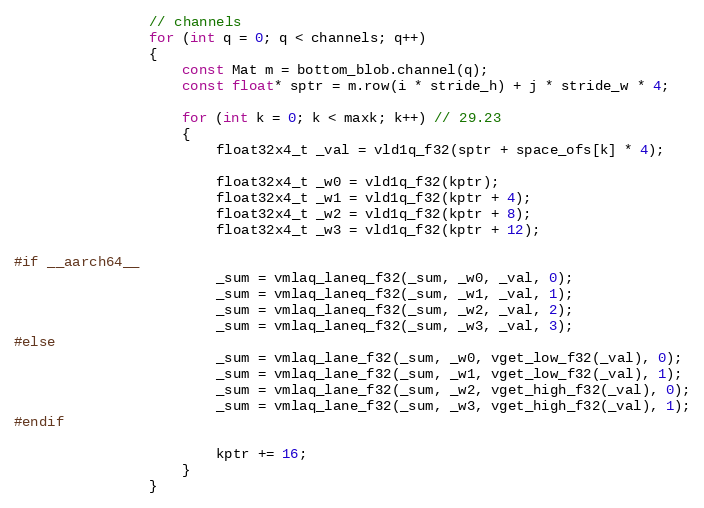
Language: C
                // channels
                for (int q = 0; q < channels; q++)
                {
                    const Mat m = bottom_blob.channel(q);
                    const float* sptr = m.row(i * stride_h) + j * stride_w * 4;

                    for (int k = 0; k < maxk; k++) // 29.23
                    {
                        float32x4_t _val = vld1q_f32(sptr + space_ofs[k] * 4);

                        float32x4_t _w0 = vld1q_f32(kptr);
                        float32x4_t _w1 = vld1q_f32(kptr + 4);
                        float32x4_t _w2 = vld1q_f32(kptr + 8);
                        float32x4_t _w3 = vld1q_f32(kptr + 12);

#if __aarch64__
                        _sum = vmlaq_laneq_f32(_sum, _w0, _val, 0);
                        _sum = vmlaq_laneq_f32(_sum, _w1, _val, 1);
                        _sum = vmlaq_laneq_f32(_sum, _w2, _val, 2);
                        _sum = vmlaq_laneq_f32(_sum, _w3, _val, 3);
#else
                        _sum = vmlaq_lane_f32(_sum, _w0, vget_low_f32(_val), 0);
                        _sum = vmlaq_lane_f32(_sum, _w1, vget_low_f32(_val), 1);
                        _sum = vmlaq_lane_f32(_sum, _w2, vget_high_f32(_val), 0);
                        _sum = vmlaq_lane_f32(_sum, _w3, vget_high_f32(_val), 1);
#endif

                        kptr += 16;
                    }
                }